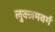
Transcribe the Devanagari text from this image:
लुक्जमवर्ग